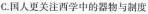
C. 国人更关注西学中的器物与制度